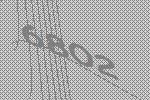
6802